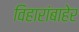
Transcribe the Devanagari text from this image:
विहारांबाहेर